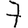
Digit: 7